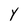
Character: Y